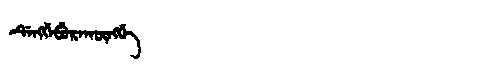
Manchu: ᡩᡝᠩᡤᡝᠪᡠᡵᠠᡴᡡᠩᡤᡝ
Romanization: DENGGEBURAKŪNGGE